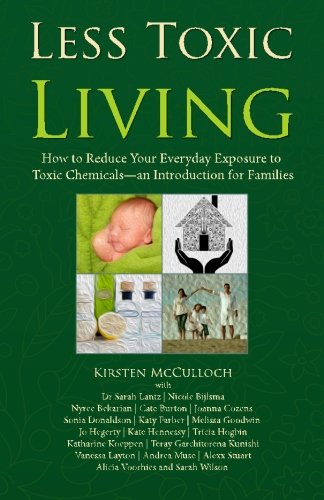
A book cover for Less Toxic Living: How to Reduce Your Everyday Exposure to Toxic Chemicals - An Introduction For Families; Kirsten McCulloch; Crafts, Hobbies & Home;